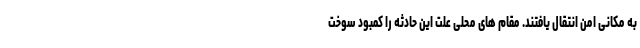
به مکانی امن انتقال یافتند. مقام های محلی علت این حادثه را کمبود سوخت